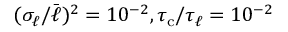
( \sigma _ { \ell } / \bar { \ell } ) ^ { 2 } = 1 0 ^ { - 2 } , { \tau _ { \mathrm { c } } } / { \tau _ { \ell } } = 1 0 ^ { - 2 }